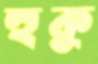
হুকু